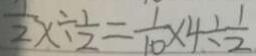
\frac { 1 } { 2 } x \div \frac { 1 } { 2 } = \frac { 1 } { 1 0 } \times 4 \div \frac { 1 } { 2 }